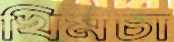
খিমচা